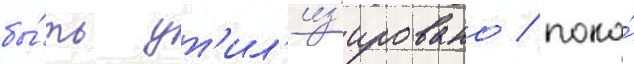
бы́ть ут'ил'из'ировано / пока́